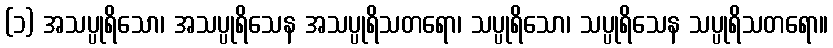
(၁) အသပ္ပုရိသော၊ အသပ္ပုရိသေန အသပ္ပုရိသတရော၊ သပ္ပုရိသော၊ သပ္ပုရိသေန သပ္ပုရိသတရော။